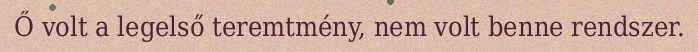
Ő volt a legelső teremtmény, nem volt benne rendszer.